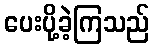
ပေးပို့ခဲ့ကြသည်